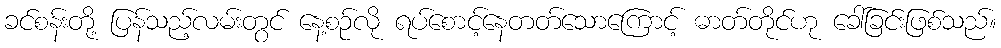
ခင်စန်းတို့ ပြန်သည့်လမ်းတွင် နေ့စဉ်လို ရပ်စောင့်နေတတ်သောကြောင့် ဓာတ်တိုင်ဟု ခေါ်ခြင်းဖြစ်သည်။